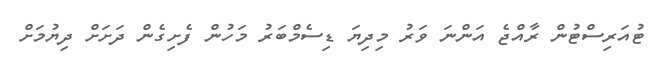
ޓުއަރިސްޓުން ރާއްޖެ އަންނަ ވަރު މިދިޔަ ޑިސެމްބަރު މަހުން ފެށިގެން ދަށަށް ދިޔުމަށް